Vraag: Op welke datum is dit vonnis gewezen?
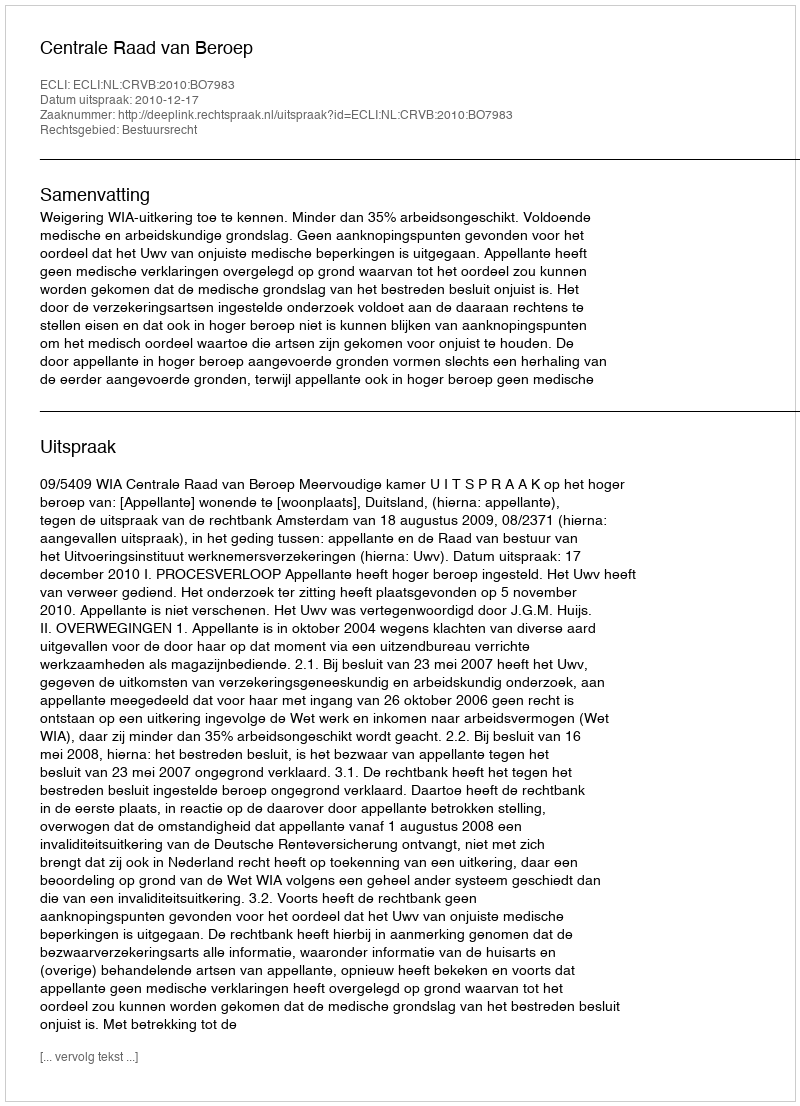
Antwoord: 2010-12-17